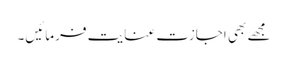
مجھے بھی اجازت عنایت فرمائیں۔